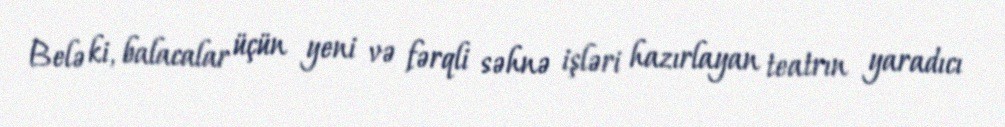
Belə ki, balacalar üçün yeni və fərqli səhnə işləri hazırlayan teatrın yaradıcı